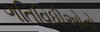
ગતિવિધીઓનો